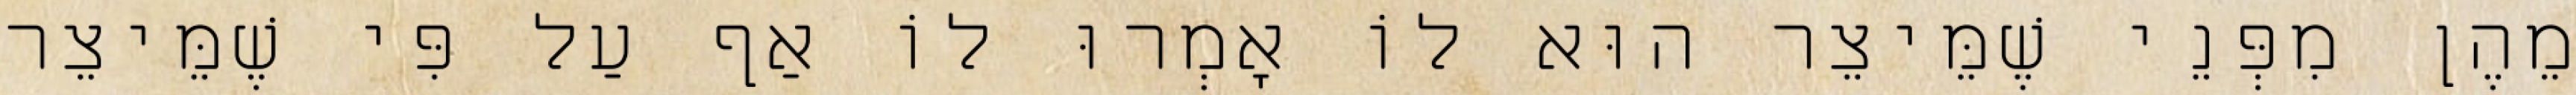
מֵהֶן מִפְּנֵי שֶׁמֵּיצֵר הוּא לוֹ אָמְרוּ לוֹ אַף עַל פִּי שֶׁמֵּיצֵר